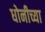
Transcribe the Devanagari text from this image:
धोनीच्या